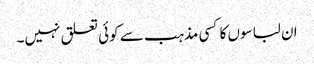
ان لباسوں کا کسی مذہب سے کوئی تعلق نہیں۔